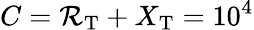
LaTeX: C=\mathcal{R}_{\mathrm{{T}}}+X_{\mathrm{{T}}}=10^{4}